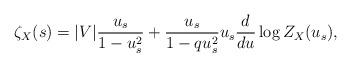
LaTeX: \begin{align*} \zeta_X(s)=|V|\frac{u_s}{1-u^2_s}+\frac{u_s}{1-qu^2_s}u_s\frac{d}{du}\log Z_{X}(u_s),\end{align*}